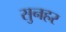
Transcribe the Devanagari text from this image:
सुनहर